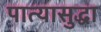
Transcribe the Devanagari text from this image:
पात्यासुद्धा